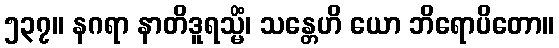
၅၃၇။ နဂရာ နာတိဒူရသ္မိံ၊ သန္တေဟိ ယော ဘိရောပိတော။